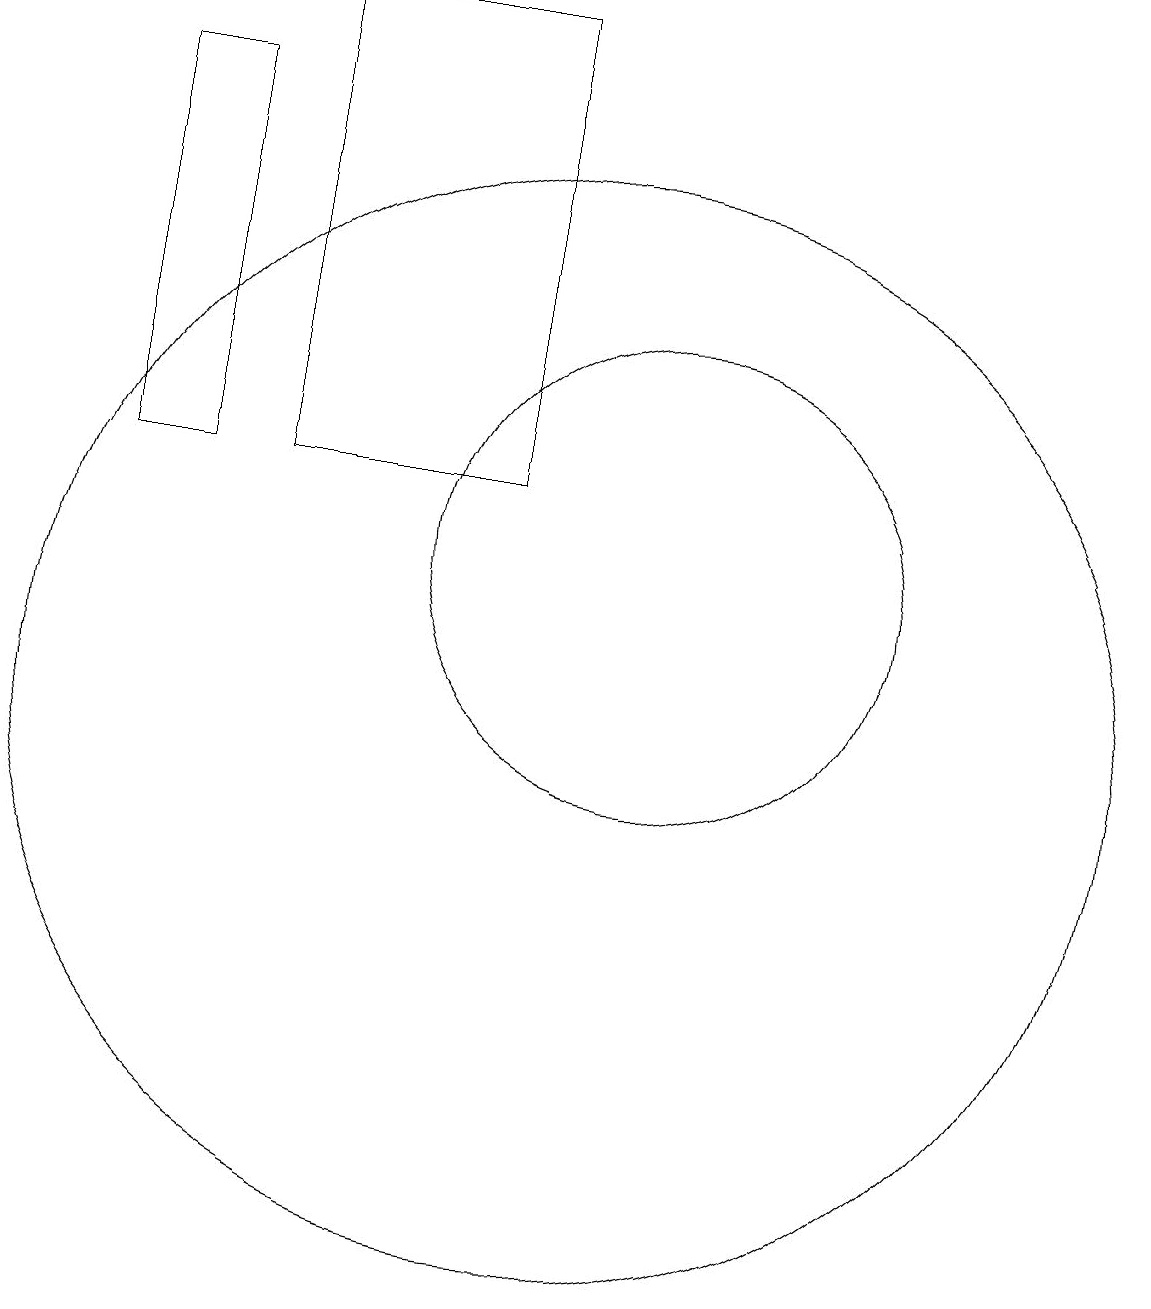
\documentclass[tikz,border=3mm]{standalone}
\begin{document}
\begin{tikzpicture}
\draw (4,13) rectangle (5,18);
\draw (11,12) circle (3);
\draw (10,10) circle (7);
\draw (9,19) rectangle (6,13);
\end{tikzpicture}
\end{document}